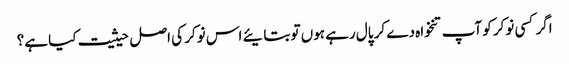
اگر کسی نوکر کو آپ تنخواہ دے کر پال رہے ہوں تو بتایئے اس نوکر کی اصل حیثیت کیا ہے؟